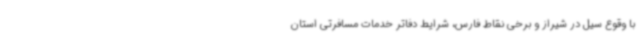
با وقوع سیل در شیراز و برخی نقاط فارس، شرایط دفاتر خدمات مسافرتی استان